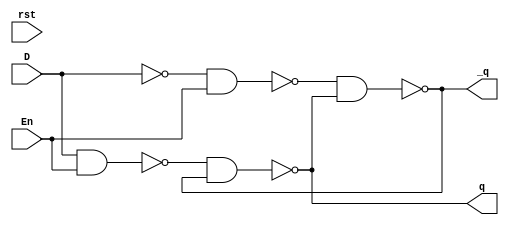
module d_latch (
	input En,
	input D,
	input rst,
	output q, _q
);

	wire w1, w2, _D;
	not (_D, D);
	nand (w1, D, En);
	nand (w2, _D, En);
	nand (q, w1, _q);
	nand(_q, w2, q);

endmodule